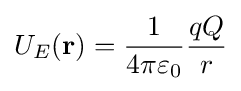
U_{E}(\mathbf {r} )={\frac {1}{4\pi \varepsilon _{0}}}{\frac {qQ}{r}}